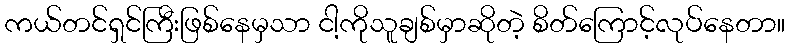
ကယ်တင်ရှင်ကြီးဖြစ်နေမှသာ ငါ့ကိုသူချစ်မှာဆိုတဲ့ စိတ်ကြောင့်လုပ်နေတာ။